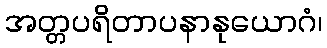
အတ္တပရိတာပနာနုယောဂံ၊